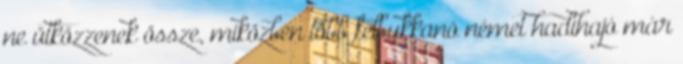
ne ütközzenek össze, miközben több felbukkanó német hadihajó már